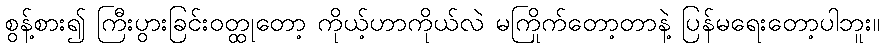
စွန့်စား၍ ကြီးပွားခြင်းဝတ္ထုတော့ ကိုယ့်ဟာကိုယ်လဲ မကြိုက်တော့တာနဲ့ ပြန်မရေးတော့ပါဘူး။